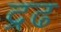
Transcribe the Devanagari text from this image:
द्रढ